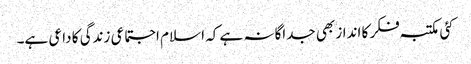
کئی مکتبہ فکر کا انداز بھی جداگانہ ہے کہ اسلام اجتماعی زندگی کا داعی ہے۔